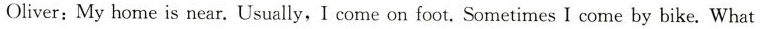
Oliver:My home is near. Usually,I come on foot.Sometimes I come by bike.What